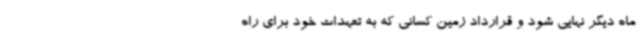
ماه دیگر نهایی شود و قرارداد زمین کسانی که به تعهدات خود برای راه